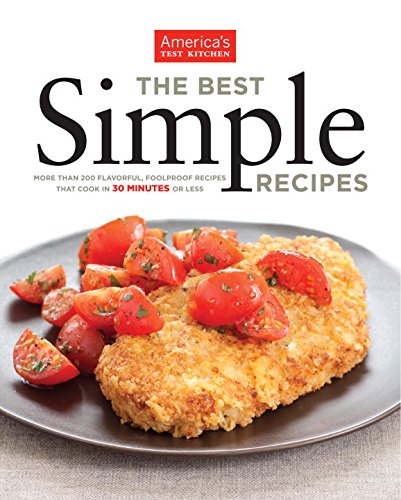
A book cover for The Best Simple Recipes; America's Test Kitchen; Cookbooks, Food & Wine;